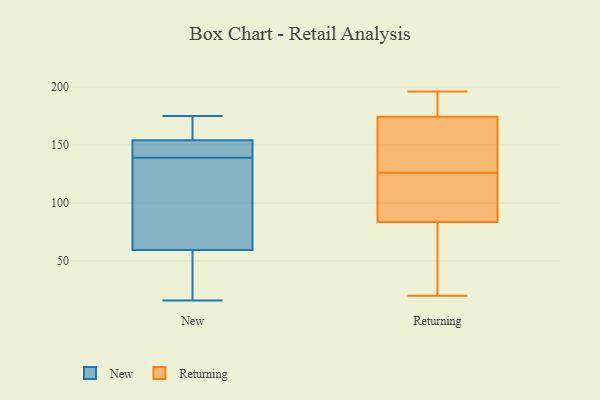
{"axis": {"x": "LTV (USD)", "y": "Value"}, "legend": ["New", "Returning"], "data": [{"x": "", "y": 152, "type": "New"}, {"x": "", "y": 75, "type": "New"}, {"x": "", "y": 146, "type": "New"}, {"x": "", "y": 16, "type": "New"}, {"x": "", "y": 93, "type": "New"}, {"x": "", "y": 39, "type": "New"}, {"x": "", "y": 71, "type": "New"}, {"x": "", "y": 175, "type": "New"}, {"x": "", "y": 156, "type": "New"}, {"x": "", "y": 170, "type": "New"}, {"x": "", "y": 48, "type": "New"}, {"x": "", "y": 144, "type": "New"}, {"x": "", "y": 145, "type": "New"}, {"x": "", "y": 156, "type": "New"}, {"x": "", "y": 134, "type": "New"}, {"x": "", "y": 30, "type": "New"}, {"x": "", "y": 169, "type": "Returning"}, {"x": "", "y": 68, "type": "Returning"}, {"x": "", "y": 118, "type": "Returning"}, {"x": "", "y": 114, "type": "Returning"}, {"x": "", "y": 190, "type": "Returning"}, {"x": "", "y": 145, "type": "Returning"}, {"x": "", "y": 196, "type": "Returning"}, {"x": "", "y": 20, "type": "Returning"}, {"x": "", "y": 194, "type": "Returning"}, {"x": "", "y": 161, "type": "Returning"}, {"x": "", "y": 79, "type": "Returning"}, {"x": "", "y": 126, "type": "Returning"}, {"x": "", "y": 85, "type": "Returning"}]}